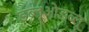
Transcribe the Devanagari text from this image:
डब्लूओडब्लू